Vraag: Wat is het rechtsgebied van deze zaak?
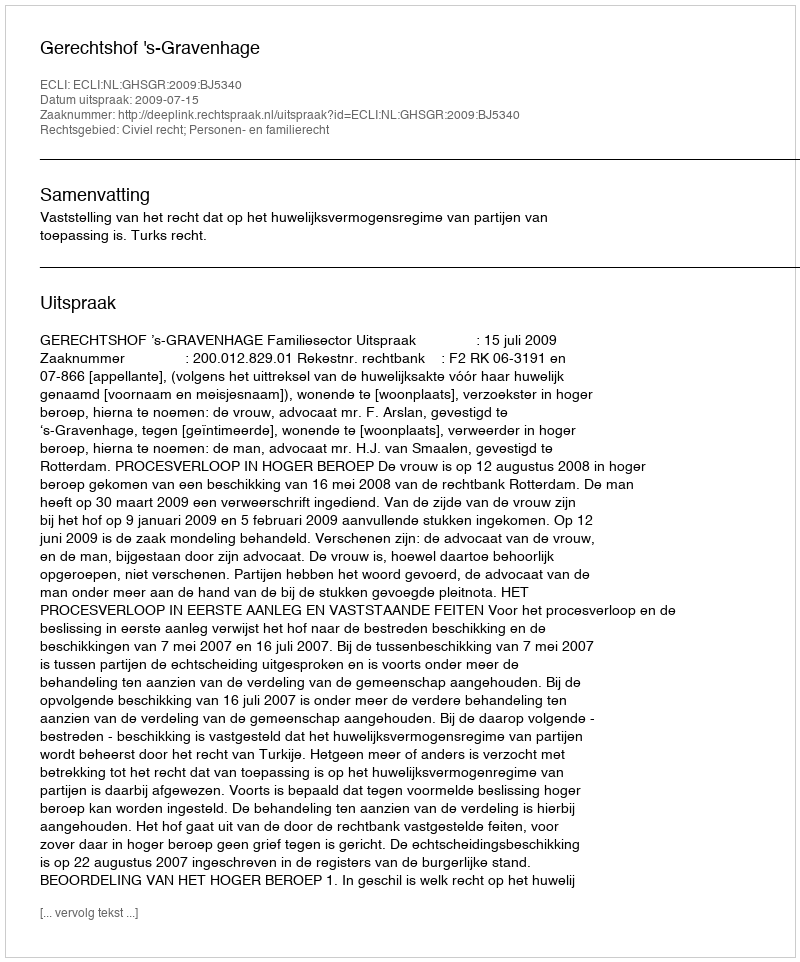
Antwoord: Civiel recht; Personen- en familierecht